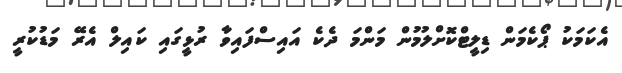
އެކަމަކު ޕޯކެމަން ޑިލީޓްކޮށްލުމުން މަންމަ ދެކެ އައިސްފައިވާ ރުޅީގައި ކައިލް އެރޭ މަޑުކުރީ